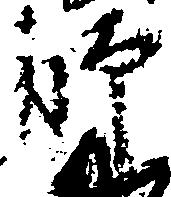
師